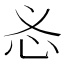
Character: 𱝿